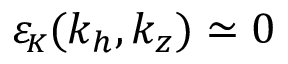
{ \varepsilon _ { \! \scriptscriptstyle K } } ( k _ { h } , k _ { z } ) \simeq 0